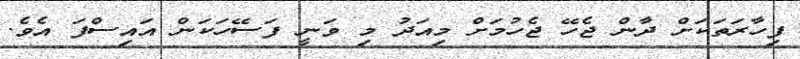
ފިހާރަތަކަށް ދާން ޖެހޭ ޖެހުމަށް މިއަދު މި ވަނީ ފަސޭހަކަން އައިސްފަ އެވެ.